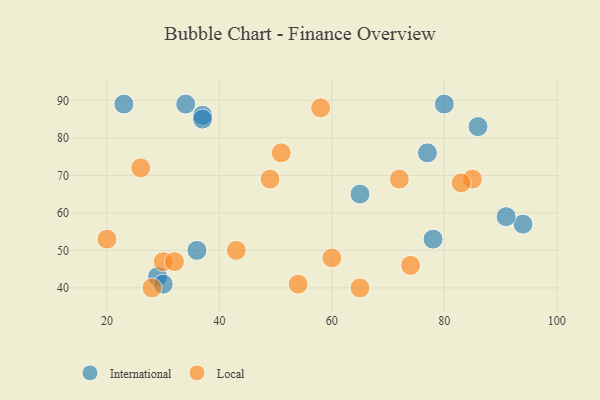
{"axis": {"x": "GDP", "y": "Life Expectancy"}, "legend": ["International", "Local"], "data": [{"x": "23", "y": 89, "type": "International"}, {"x": "37", "y": 86, "type": "International"}, {"x": "36", "y": 50, "type": "International"}, {"x": "94", "y": 57, "type": "International"}, {"x": "34", "y": 89, "type": "International"}, {"x": "78", "y": 53, "type": "International"}, {"x": "91", "y": 59, "type": "International"}, {"x": "37", "y": 85, "type": "International"}, {"x": "77", "y": 76, "type": "International"}, {"x": "80", "y": 89, "type": "International"}, {"x": "29", "y": 43, "type": "International"}, {"x": "30", "y": 41, "type": "International"}, {"x": "86", "y": 83, "type": "International"}, {"x": "65", "y": 65, "type": "International"}, {"x": "26", "y": 72, "type": "Local"}, {"x": "74", "y": 46, "type": "Local"}, {"x": "54", "y": 41, "type": "Local"}, {"x": "58", "y": 88, "type": "Local"}, {"x": "60", "y": 48, "type": "Local"}, {"x": "85", "y": 69, "type": "Local"}, {"x": "20", "y": 53, "type": "Local"}, {"x": "83", "y": 68, "type": "Local"}, {"x": "30", "y": 47, "type": "Local"}, {"x": "65", "y": 40, "type": "Local"}, {"x": "72", "y": 69, "type": "Local"}, {"x": "51", "y": 76, "type": "Local"}, {"x": "49", "y": 69, "type": "Local"}, {"x": "32", "y": 47, "type": "Local"}, {"x": "28", "y": 40, "type": "Local"}, {"x": "43", "y": 50, "type": "Local"}]}